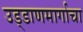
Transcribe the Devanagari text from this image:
उड्डाणमार्गाचा